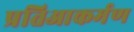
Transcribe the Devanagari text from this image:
प्रतिआकर्मण